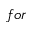
f o r